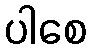
ပါစေ